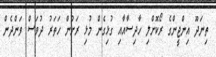
ތިނަދޫ އިންޖީންގެ ރޯކޮށްލި ހާދިސާއާއި ގުޅިގެން މުޅި ރަށުން ހަތަރު ދުވަސް ވަންދެން